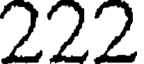
222